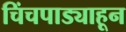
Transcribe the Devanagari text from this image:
चिंचपाड्याहून